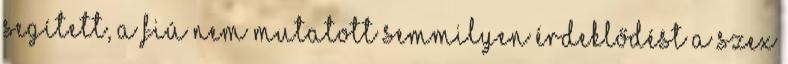
segített, a fiú nem mutatott semmilyen érdeklődést a szex